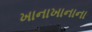
ખાનાખાનાના